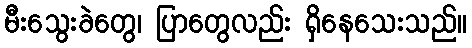
မီးသွေးခဲတွေ၊ ပြာတွေလည်း ရှိနေသေးသည်။